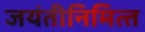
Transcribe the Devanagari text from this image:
जयंतीनिमित्‍त